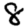
Digit: 8